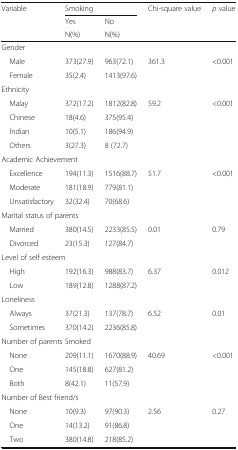
| Variable | <COLSPAN=2> Smoking | Chi-square value | p value |
 |  | Yes | No |  |  |
 |  | N(%) | N(%) |  |  |
 | --- | --- | --- | --- | --- |
 | <COLSPAN=5> Gender |
 | Male | 373(27.9) | 963(72.1) | 361.3 | <ROWSPAN=2> <0.001 |
 | Female | 35(2.4) | 1413(97.6) |  |
 | <COLSPAN=5> Ethnicity |
 | Malay | 372(17.2) | 1812(82.8) | 59.2 | <ROWSPAN=4> <0.001 |
 | Chinese | 18(4.6) | 375(95.4) |  |
 | Indian | 10(5.1) | 186(94.9) |  |
 | Others | 3(27.3) | 8 (72.7) |  |
 | <COLSPAN=5> Academic Achievement |
 | Excellence | 194(11.3) | 1516(88.7) | 51.7 | <ROWSPAN=3> <0.001 |
 | Moderate | 181(18.9) | 779(81.1) |  |
 | Unsatisfactory | 32(32.4) | 70(68.6) |  |
 | <COLSPAN=5> Marital status of parents |
 | Married | 380(14.5) | 2233(85.5) | 0.01 | <ROWSPAN=2> 0.79 |
 | Divorced | 23(15.3) | 127(84.7) |  |
 | <COLSPAN=5> Level of self esteem |
 | High | 192(16.3) | 988(83.7) | 6.37 | <ROWSPAN=2> 0.012 |
 | Low | 189(12.8) | 1288(87.2) |  |
 | <COLSPAN=5> Loneliness |
 | Always | 37(21.3) | 137(78.7) | 6.52 | <ROWSPAN=2> 0.01 |
 | Sometimes | 370(14.2) | 2236(85.8) |  |
 | <COLSPAN=5> Number of parents Smoked |
 | None | 209(11.1) | 1670(88.9) | 40.69 | <ROWSPAN=3> <0.001 |
 | One | 145(18.8) | 627(81.2) |  |
 | Both | 8(42.1) | 11(57.9) |  |
 | <COLSPAN=5> Number of Best friend/s |
 | None | 10(9.3) | 97(90.3) | 2.56 | <ROWSPAN=3> 0.27 |
 | One | 14(13.2) | 91(86.8) |  |
 | Two | 380(14.8) | 218(85.2) |  |